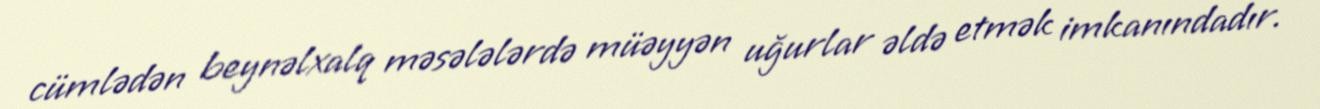
cümlədən beynəlxalq məsələlərdə müəyyən uğurlar əldə etmək imkanındadır.